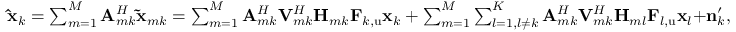
\begin{array} { r } { \mathbf { \hat { x } } _ { k } = \sum _ { m = 1 } ^ { M } { \mathbf { A } _ { m k } ^ { H } \mathbf { \tilde { x } } _ { m k } } = \sum _ { m = 1 } ^ { M } { \mathbf { A } _ { m k } ^ { H } \mathbf { V } _ { m k } ^ { H } \mathbf { H } _ { m k } \mathbf { F } _ { k , \mathrm { u } } \mathbf { x } _ { k } } + \sum _ { m = 1 } ^ { M } { \sum _ { l = 1 , l \ne k } ^ { K } { \mathbf { A } _ { m k } ^ { H } \mathbf { V } _ { m k } ^ { H } \mathbf { H } _ { m l } \mathbf { F } _ { l , \mathrm { u } } \mathbf { x } _ { l } } + } \mathbf { n } _ { k } ^ { \prime } , } \end{array}